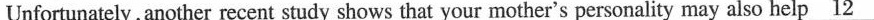
Unfortunately, another recent study shows that your mother's personality may also help \underline{12}